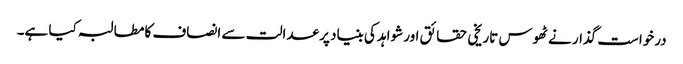
درخواست گذار نے ٹھوس تاریخی حقائق اور شواہد کی بنیاد پر عدالت سے انصاف کا مطالبہ کیا ہے۔